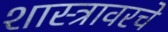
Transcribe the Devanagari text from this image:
शास्त्रावरचे